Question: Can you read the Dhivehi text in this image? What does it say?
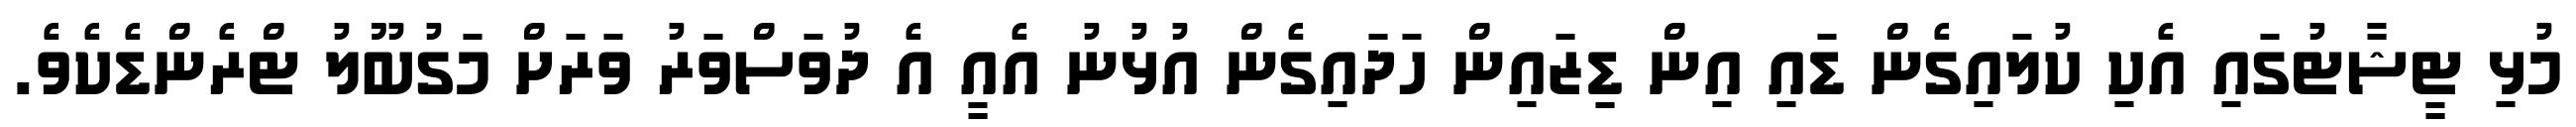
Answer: މުޅި ޓީޝާޓުގައި އެކި ކުލައިގެން ޑައި އިން ޑިޒައިން ހަދައިގެން އުޅުނު އެއީ އެ ދުވަސްވަރު ވަރަށް މަގުބޫލު ޓްރެންޑެކެވެ.